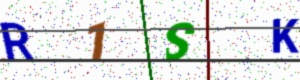
Text: R1SK